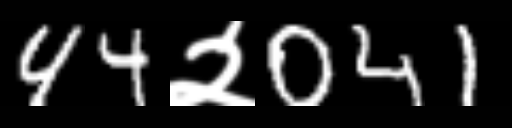
Text: 44२041